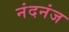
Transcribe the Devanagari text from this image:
नंदनंज